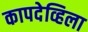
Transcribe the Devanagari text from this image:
कापदेव्हिला